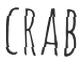
CRAB